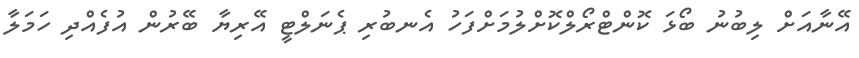
އޭނާއަށް ލިބުނު ބޯޅަ ކޮންޓްރޯލްކޮށްލުމަށްފަހު އެނބުރި ޕެނަލްޓީ އޭރިޔާ ބޭރުން އުފެއްދި ހަމަލާ